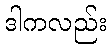
ဒါကလည်း